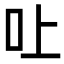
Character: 𠮵